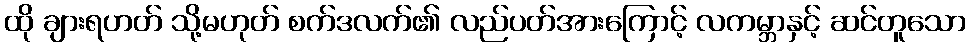
ထို ချားရဟတ် သို့မဟုတ် စက်ဒလက်၏ လည်ပတ်အားကြောင့် လကမ္ဘာနှင့် ဆင်တူသော